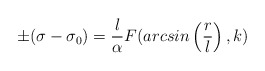
\begin{align*}\pm (\sigma - \sigma_0) = \frac{l}{\alpha} F(arcsin \left (\frac{r}{l}\right ), k)\end{align*}